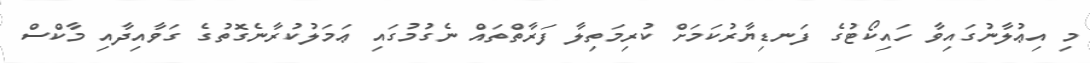
މި އިޢުލާނުގައިވާ ހައިކޯޓުގެ ފަނޑިޔާރުކަމަށް ކުރިމަތިލާ ފަރާތްތައް ނެގުމުގައި ޢަމަލުކުރާނެގޮތުގެ ގަވާއިދާއި މާކްސް